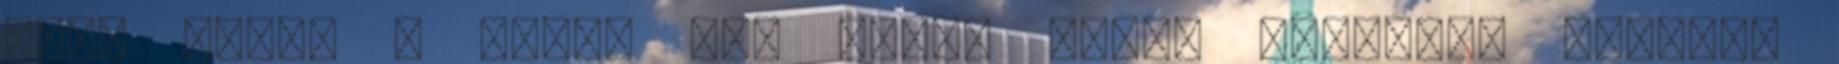
hogy kezdd a napot egy pohár meleg citromos vízzel.